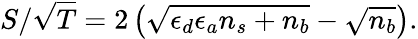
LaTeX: S/\sqrt{T}=2\left(\sqrt{\epsilon_{d}\epsilon_{a}n_{s}+n_{b}}-\sqrt{n_{b}}\right).